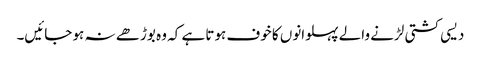
دیسی کشتی لڑنے والے پہلوانوں کا خوف ہوتا ہے کہ وہ بوڑھے نہ ہو جائیں۔